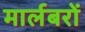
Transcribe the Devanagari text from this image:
मार्लबरों